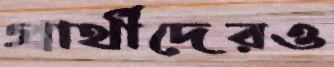
প্রার্থীদেরও